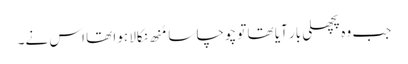
جب وہ پچھلی بار آیا تھا تو چوچا سا مُنھ نکالا ہوا تھا اس نے۔